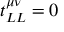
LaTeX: t _ { L L } ^ { \mu \nu } = 0